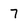
Character: 7